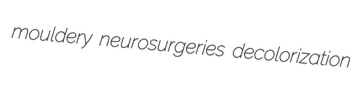
mouldery neurosurgeries decolorization